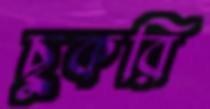
ছুকরি